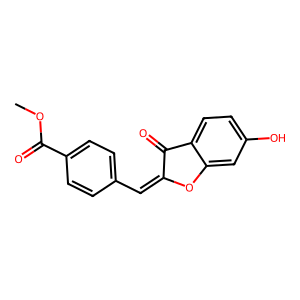
SMILES: COC(=O)c1ccc(C=C2Oc3cc(O)ccc3C2=O)cc1
Inhibits HIV replication: No